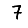
Digit: 7